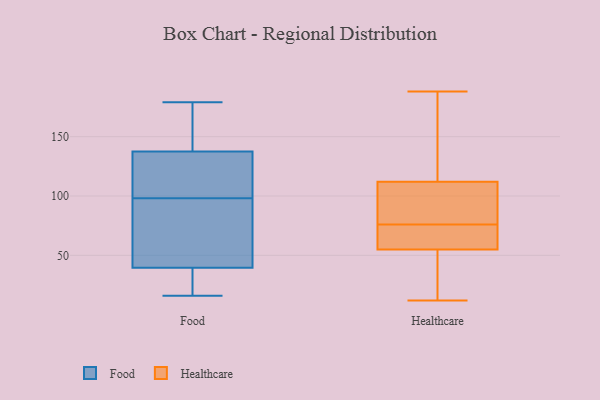
{"axis": {"x": "Tickets Resolved", "y": "Value"}, "legend": ["Food", "Healthcare"], "data": [{"x": "", "y": 34, "type": "Food"}, {"x": "", "y": 19, "type": "Food"}, {"x": "", "y": 98, "type": "Food"}, {"x": "", "y": 107, "type": "Food"}, {"x": "", "y": 159, "type": "Food"}, {"x": "", "y": 45, "type": "Food"}, {"x": "", "y": 170, "type": "Food"}, {"x": "", "y": 93, "type": "Food"}, {"x": "", "y": 25, "type": "Food"}, {"x": "", "y": 98, "type": "Food"}, {"x": "", "y": 179, "type": "Food"}, {"x": "", "y": 127, "type": "Food"}, {"x": "", "y": 162, "type": "Food"}, {"x": "", "y": 117, "type": "Food"}, {"x": "", "y": 66, "type": "Food"}, {"x": "", "y": 30, "type": "Food"}, {"x": "", "y": 137, "type": "Food"}, {"x": "", "y": 87, "type": "Food"}, {"x": "", "y": 16, "type": "Food"}, {"x": "", "y": 138, "type": "Food"}, {"x": "", "y": 118, "type": "Healthcare"}, {"x": "", "y": 67, "type": "Healthcare"}, {"x": "", "y": 12, "type": "Healthcare"}, {"x": "", "y": 51, "type": "Healthcare"}, {"x": "", "y": 59, "type": "Healthcare"}, {"x": "", "y": 187, "type": "Healthcare"}, {"x": "", "y": 19, "type": "Healthcare"}, {"x": "", "y": 14, "type": "Healthcare"}, {"x": "", "y": 156, "type": "Healthcare"}, {"x": "", "y": 55, "type": "Healthcare"}, {"x": "", "y": 112, "type": "Healthcare"}, {"x": "", "y": 188, "type": "Healthcare"}, {"x": "", "y": 71, "type": "Healthcare"}, {"x": "", "y": 73, "type": "Healthcare"}, {"x": "", "y": 110, "type": "Healthcare"}, {"x": "", "y": 79, "type": "Healthcare"}, {"x": "", "y": 82, "type": "Healthcare"}, {"x": "", "y": 81, "type": "Healthcare"}]}